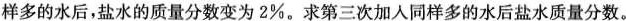
样多的水后，盐水的质量分数变为2\%。求第三次加入同样多的水后盐水质量分数。